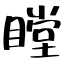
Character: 瞠